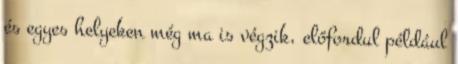
és egyes helyeken még ma is végzik, előfordul például